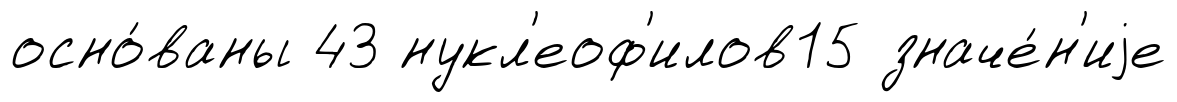
осно́ваны 43 нукл'еоф'илов15 значе́н'иjе